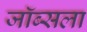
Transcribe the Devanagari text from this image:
जॉब्सला